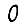
Digit: 0